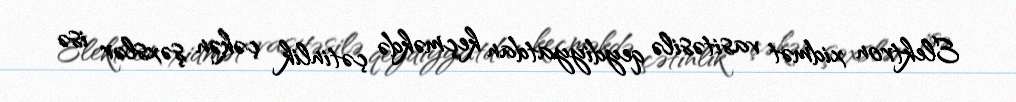
Elektron xidmət vasitəsilə qeydiyyatdan keçməkdə çətinlik çəkən şəxslər isə